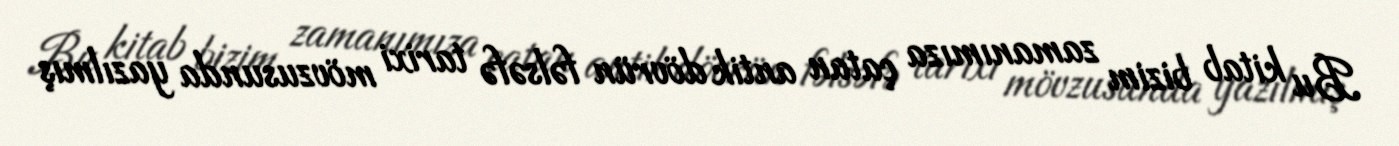
Bu kitab bizim zamanımıza çatan antik dövrün fəlsəfə tarixi mövzusunda yazılmış